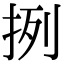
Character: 挒